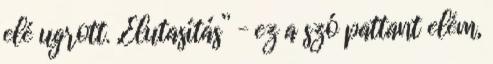
elé ugrott. „Elutasítás” – ez a szó pattant elém,